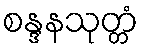
စန္ဒနသုတ္တံ